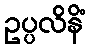
ဥပ္ပလိနိံ